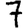
Digit: 7